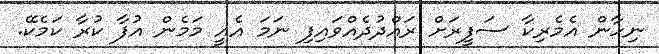
ނިހާން އެމެރިކާ ސަފީރަށް ރައްދުދެއްވައިފި ނަމަ އެއީ މަމެން އުފާ ކުރާ ކަމެކޭ.